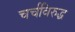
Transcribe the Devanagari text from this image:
चर्चविरुद्ध